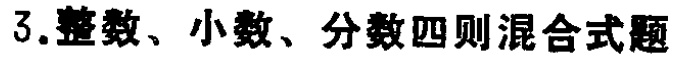
3.整数、小数、分数四则混合式题